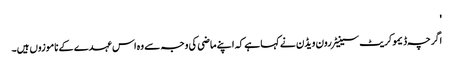
'
اگرچہ ڈیموکریٹ سینیٹر رون ویڈن نے کہا ہے کہ اپنے ماضی کی وجہ سے وہ اس عہدے کے ناموزوں ہیں۔